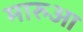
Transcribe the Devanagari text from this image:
मारुआ